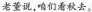
老董说，咱们看秋去。